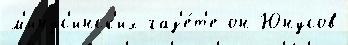
м'инус'инск'их газ'е́т'е он Юнусов